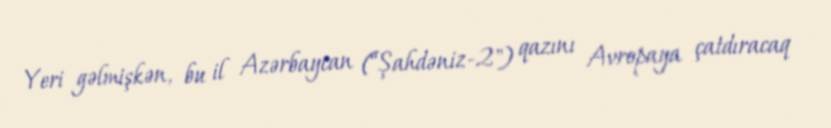
Yeri gəlmişkən, bu il Azərbaycan (“Şahdəniz-2") qazını Avropaya çatdıracaq